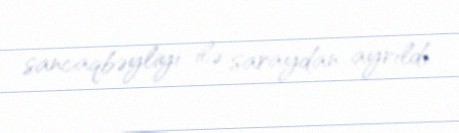
sancaqbəyliyi ilə saraydan ayrıldı.